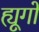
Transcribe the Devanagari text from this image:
ह्यूगों